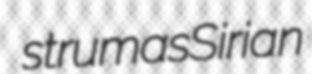
strumas Sirian